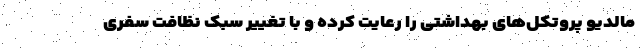
مالدیو پروتکل‌های بهداشتی را رعایت کرده و با تغییر سبک نظافت سفری